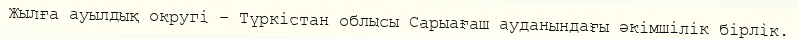
Жылға ауылдық округі – Түркістан облысы Сарыағаш ауданындағы әкімшілік бірлік.